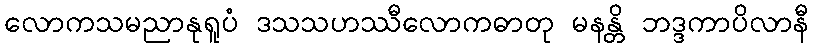
လောကသမညာနုရူပံ ဒသသဟဿီလောကဓာတု မနန္တိ ဘဒ္ဒကာပိလာနီ